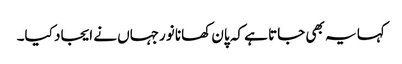
کہا یہ بھی جاتا ہے کہ پان کھانا نورجہاں نے ایجاد کیا۔